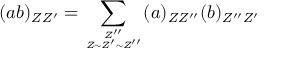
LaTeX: ( a b ) _ { Z Z ^ { \prime } } = \sum _ { { Z ^ { \prime \prime } } \atop { Z \sim Z ^ { \prime } \sim Z ^ { \prime \prime } } } ( a ) _ { Z Z ^ { \prime \prime } } ( b ) _ { Z ^ { \prime \prime } Z ^ { \prime } }